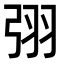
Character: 𭚰